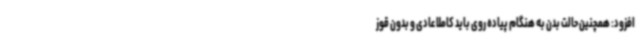
افزود: همچنین حالت بدن به هنگام پیاده روی باید کاملا عادی و بدون قوز